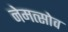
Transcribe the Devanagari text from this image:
नेमत्सोव